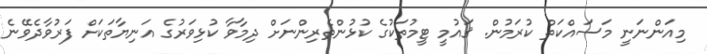
މިއަންނަނީ މަސައްކަތް ކުރަމުން. ޤައުމީ ޓީމުތަކުގެ ކުޅުންތެރިންނަށް ދިމާވާ ކުޅިވަރުގެ އަނިޔާތަކަށް ފަރުވާދެވޭނެ